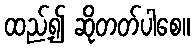
ထည့်၍ ဆိုတတ်ပါစေ။